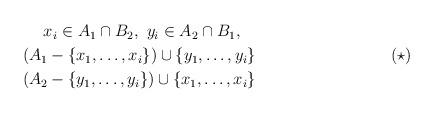
LaTeX: \begin{align*} \tag*{($\star$)} \renewcommand{\arraystretch}{1.2} \begin{array}{c}x_i\in A_1\cap B_2,\ y_i\in A_2\cap B_1,\\ (A_1-\{x_1,\dots,x_i\})\cup\{y_1,\dots,y_i\}\ \\(A_2-\{y_1,\dots,y_i\})\cup\{x_1,\dots,x_i\}\ \end{array}\end{align*}